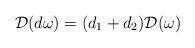
LaTeX: \begin{align*}\begin{aligned}\mathcal{D} (d\omega) =(d_1+d_2) \mathcal{D} (\omega)\end{aligned}\end{align*}